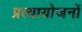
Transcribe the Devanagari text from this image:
प्रत्यायोजनों